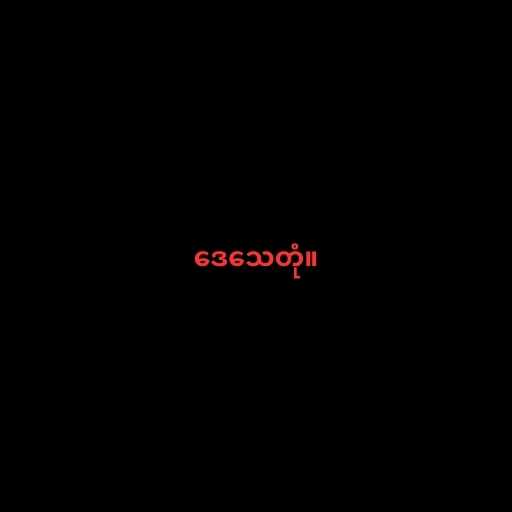
ဒေသေတုံ။